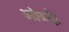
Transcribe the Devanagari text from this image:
आंळदी